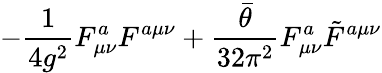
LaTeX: -{\frac{1}{4g^{2}}}F_{\mu\nu}^{a}F^{a\mu\nu}+{\frac{\bar{\theta}}{32\pi^{2}}}F_{\mu\nu}^{a}\tilde{F}^{a\mu\nu}